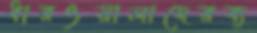
ধারওয়ালাদেরব্য